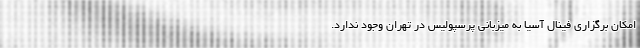
امکان برگزاری فینال آسیا به میزبانی پرسپولیس در تهران وجود ندارد.